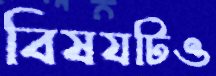
বিষযটিও